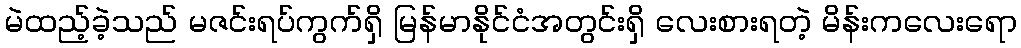
မဲထည့်ခဲ့သည် မဇင်းရပ်ကွက်ရှိ မြန်မာနိုင်ငံအတွင်းရှိ လေးစားရတဲ့ မိန်းကလေးရော